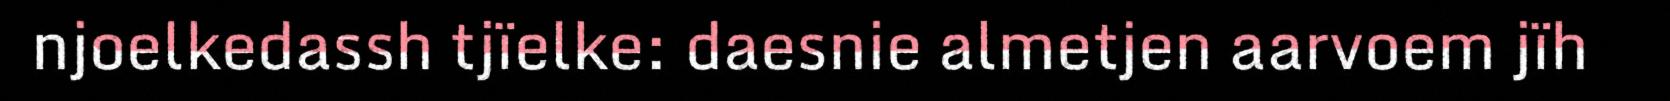
njoelkedassh tjïelke: daesnie almetjen aarvoem jïh